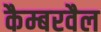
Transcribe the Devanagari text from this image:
कैम्बरवैल